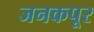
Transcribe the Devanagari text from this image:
जनकपूर